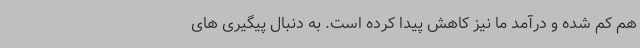
هم کم شده و درآمد ما نیز کاهش پیدا کرده است. به دنبال پیگیری های